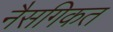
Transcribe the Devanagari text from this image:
नैसगिकत